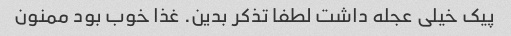
پیک خیلی عجله داشت لطفا تذکر بدین. غذا خوب بود ممنون